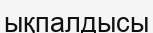
ықпалдысы